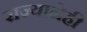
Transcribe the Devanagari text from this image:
राज्यानेही